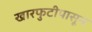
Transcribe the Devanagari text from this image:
खारफुटीपासून